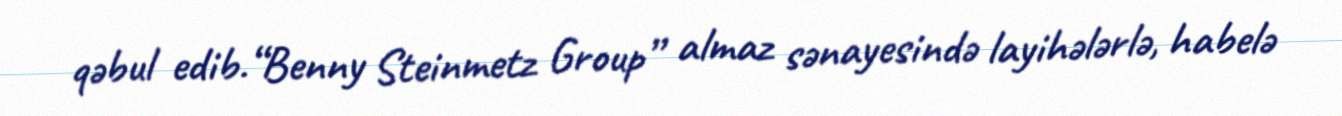
qəbul edib.“Benny Steinmetz Group” almaz sənayesində layihələrlə, habelə